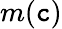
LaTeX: m(\mathtt{c})